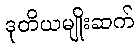
ဒုတိယမျိုးဆက်